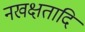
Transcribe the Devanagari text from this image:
नखक्षतादि